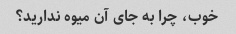
خوب، چرا به جای آن میوه ندارید؟